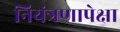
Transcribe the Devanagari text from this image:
नियंत्रणापेक्षा